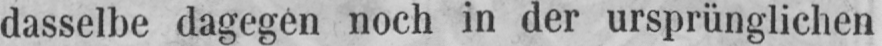
dasselbe dagegen noch in der ursprünglichen